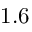
1 . 6